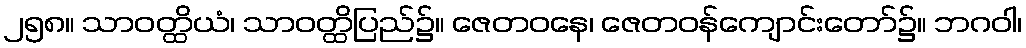
၂၅၈။ သာဝတ္ထိယံ၊ သာဝတ္ထိပြည်၌။ ဇေတဝနေ၊ ဇေတဝန်ကျောင်းတော်၌။ ဘဂဝါ၊